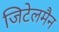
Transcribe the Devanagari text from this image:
जिटेलमैन